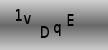
Text: 1vDqE